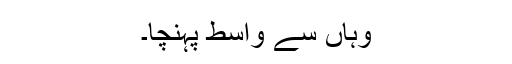
وہاں سے واسط پہنچا۔